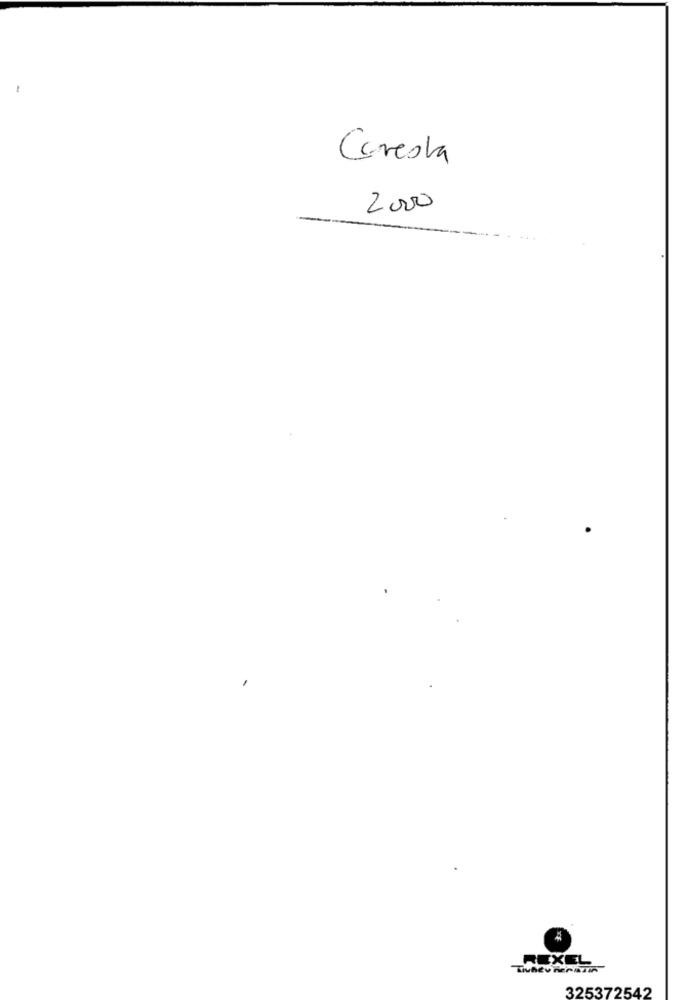
Careola
2000
REXEL
325372542